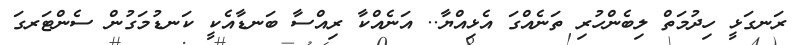
ރަނގަޅީ ހިދުމަތް ލިބެންހުރި ތަނެއްގަ އެޅިއްޔާ.. އަނެއްކާ ރިއްސާ ބަނޑާއެކީ ކަނޑުމަގުން ސެންޓަރގަ